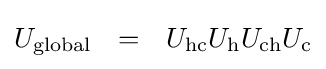
{U}_{\text{global}}~~=~~{U}_{\text{hc}}{U}_{\text{h}}{U}_{\text{ch}}{U}_{\text{c}}